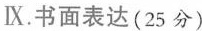
IX.书面表达（25分）